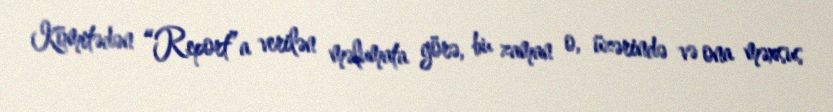
Komitədən “Report”a verilən məlumata görə, bu zaman o, üzərində və ona məxsus